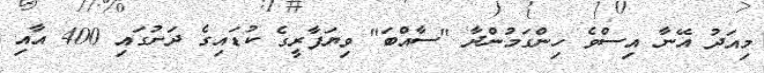
މިއަދު އޭނާ އިސްވެ ހިންގަމުންދާ "ސާއްބަ" ވިޔަފާރީގެ ކުޑައިގެ ދަށުގައި 400 އާއި